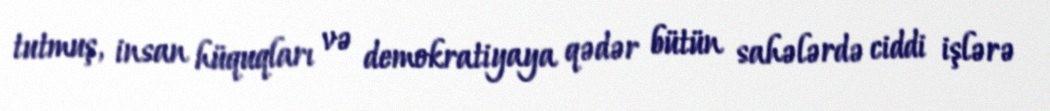
tutmuş, insan hüquqları və demokratiyaya qədər bütün sahələrdə ciddi işlərə